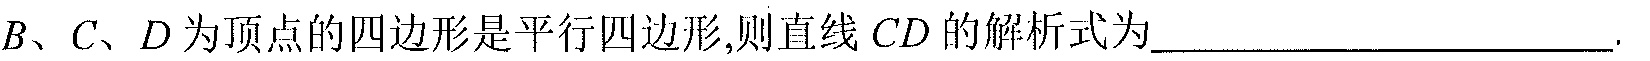
\(B、C、D\)为顶点的四边形是平行四边形,则直线\(CD\)的解析式为____________________.